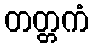
တတ္တကံ